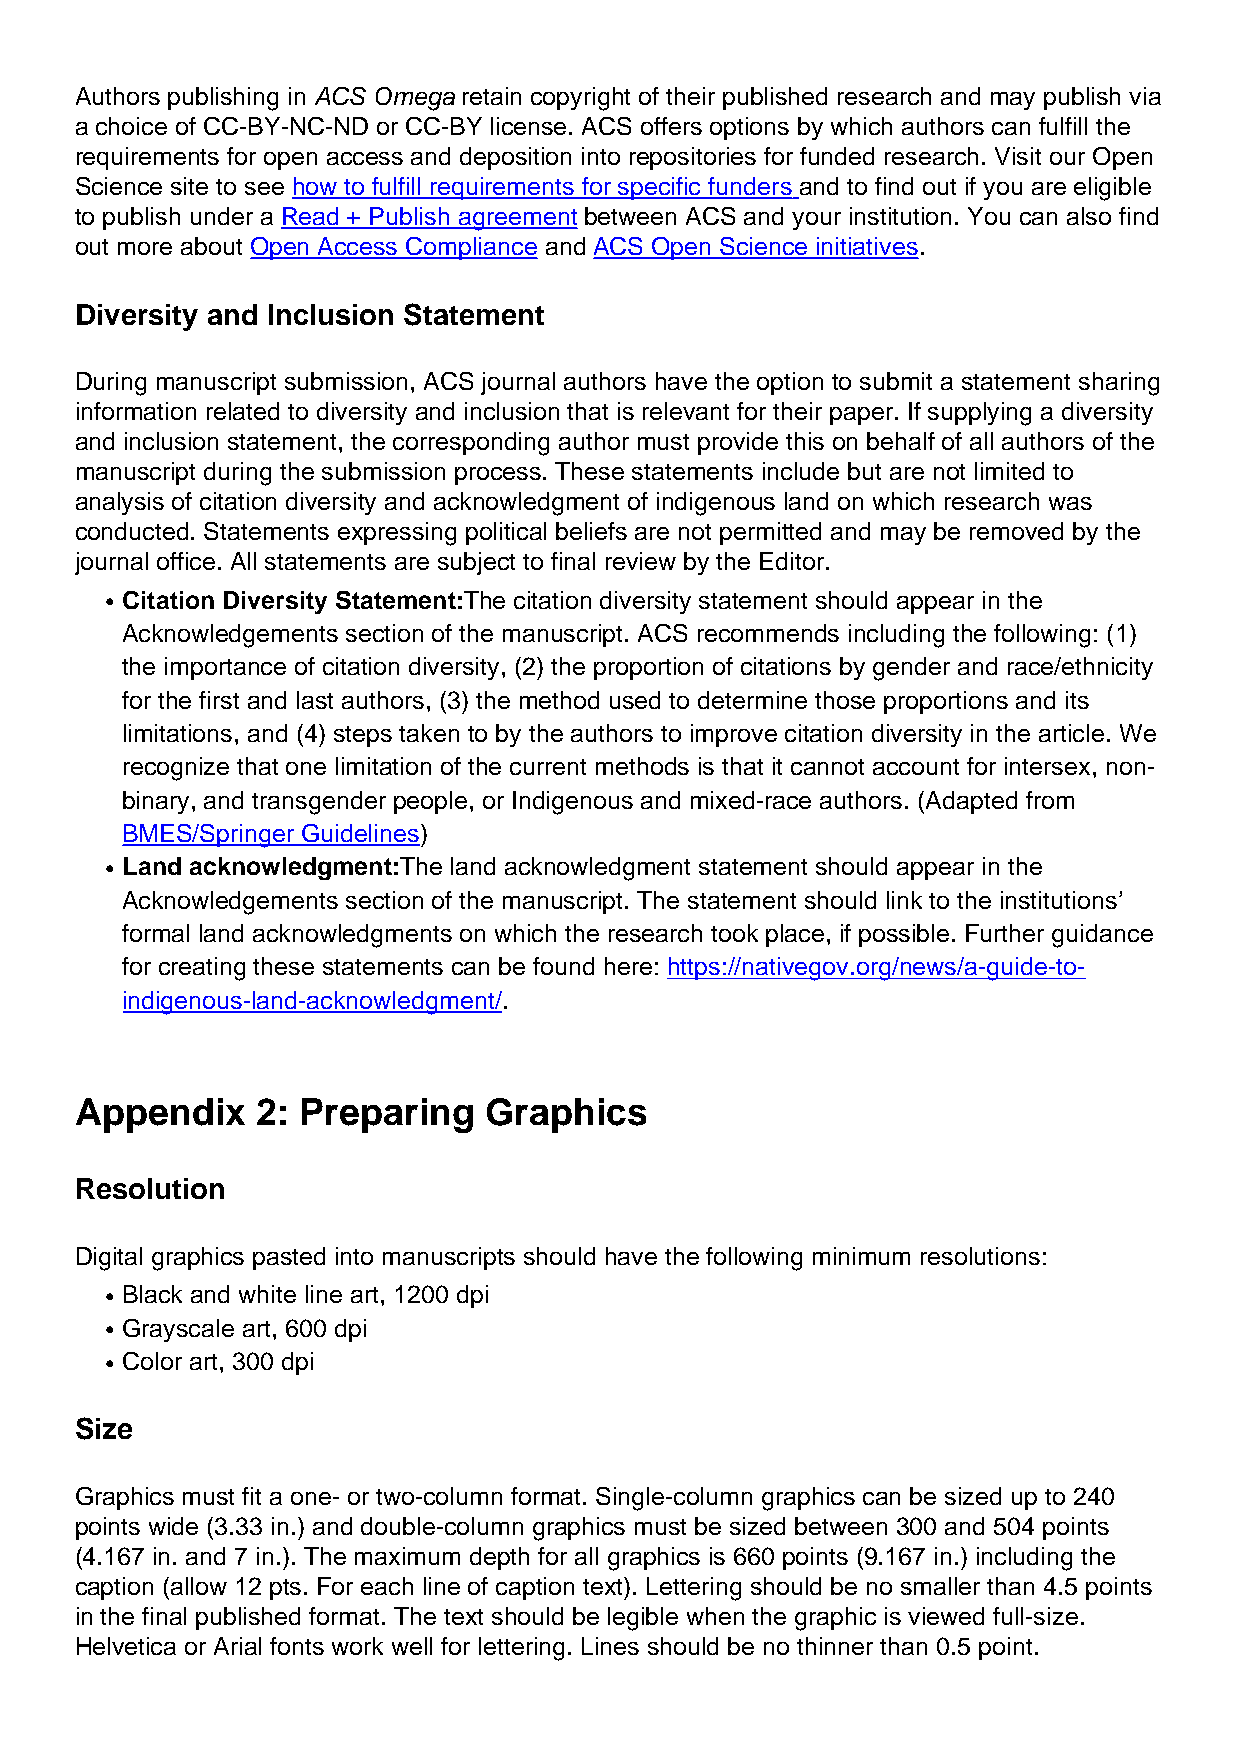
Authors publishing in ACS Omega retain copyright of their published research and may publish via
 a choice of CC-BY-NC-ND or CC-BY license. ACS offers options by which authors can fulfill the
 requirements for open access and deposition into repositories for funded research. Visit our Open
 Science site to see how to fulfill requirements for specific funders and to find out if you are eligible
 to publish under a Read + Publish agreement between ACS and your institution. You can also find
 out more about Open Access Compliance and ACS Open Science initiatives.
 Diversity and Inclusion Statement
 During manuscript submission, ACS journal authors have the option to submit a statement sharing
 information related to diversity and inclusion that is relevant for their paper. If supplying a diversity
 and inclusion statement, the corresponding author must provide this on behalf of all authors of the
 manuscript during the submission process. These statements include but are not limited to
 analysis of citation diversity and acknowledgment of indigenous land on which research was
 conducted. Statements expressing political beliefs are not permitted and may be removed by the
 journal office. All statements are subject to final review by the Editor.
 Citation Diversity Statement:The citation diversity statement should appear in the
 l
 Acknowledgements section of the manuscript. ACS recommends including the following: (1)
 the importance of citation diversity, (2) the proportion of citations by gender and race/ethnicity
 for the first and last authors, (3) the method used to determine those proportions and its
 limitations, and (4) steps taken to by the authors to improve citation diversity in the article. We
 recognize that one limitation of the current methods is that it cannot account for intersex, non-
 binary, and transgender people, or Indigenous and mixed-race authors. (Adapted from
 BMES/Springer Guidelines)
 Land acknowledgment:The land acknowledgment statement should appear in the
 l
 Acknowledgements section of the manuscript. The statement should link to the institutions’
 formal land acknowledgments on which the research took place, if possible. Further guidance
 for creating these statements can be found here: https://nativegov.org/news/a-guide-to-
 indigenous-land-acknowledgment/.
 Appendix    2: Preparing   Graphics
 Resolution
 Digital graphics pasted into manuscripts should have the following minimum resolutions:
 Black and white line art, 1200 dpi
 l
 Grayscale art, 600 dpi
 l
 Color art, 300 dpi
 l
 Size
 Graphics must fit a one- or two-column format. Single-column graphics can be sized up to 240
 points wide (3.33 in.) and double-column graphics must be sized between 300 and 504 points
 (4.167 in. and 7 in.). The maximum depth for all graphics is 660 points (9.167 in.) including the
 caption (allow 12 pts. For each line of caption text). Lettering should be no smaller than 4.5 points
 in the final published format. The text should be legible when the graphic is viewed full-size.
 Helvetica or Arial fonts work well for lettering. Lines should be no thinner than 0.5 point.